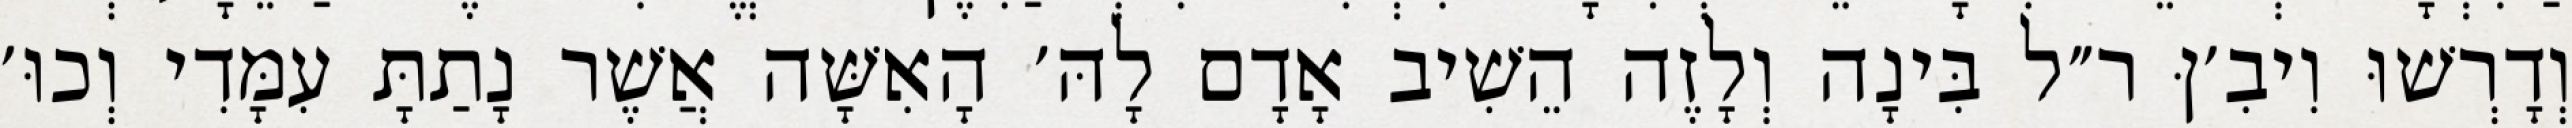
וְדָרְשׁוּ וִיבִ׳ןּ ר״ל בִּינָה וְלָזֶה הֵשִׁיב אָדָם לָהּ׳ הָאִשָּׁה אֲשֶׁר נָתַתָּ עִמָּדִי וְכוּ׳